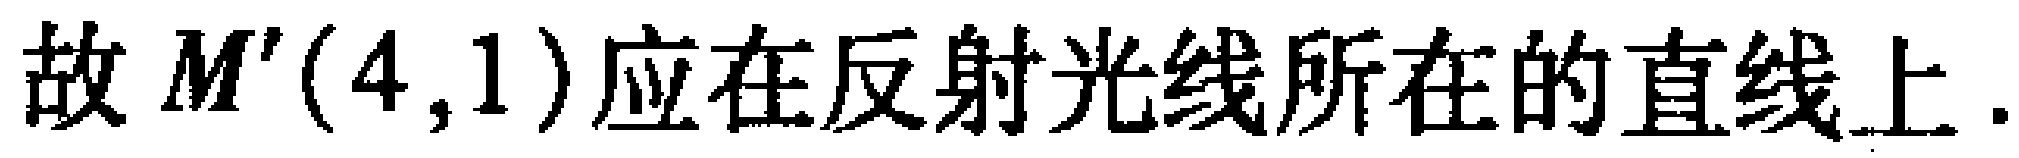
故 \(M'(4,1)\) 应在反射光线所在的直线上.